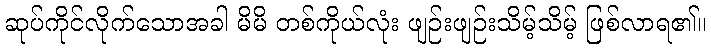
ဆုပ်ကိုင်လိုက်သောအခါ မိမိ တစ်ကိုယ်လုံး ဖျဉ်းဖျဉ်းသိမ့်သိမ့် ဖြစ်လာရ၏။